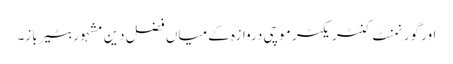
اور گورنمنٹ کنٹریکٹر موچی دروازہ کے میاں فضل دین مشہور بٹیرباز۔